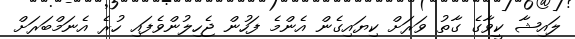
ލައިޝާ ކީވާގެ ގާތު ވަރަށް ކިޔައިގެން އެންމެ ފަހުން ޖެހިލުންވެފައި ހުރެ އެނަމްބަރަށް